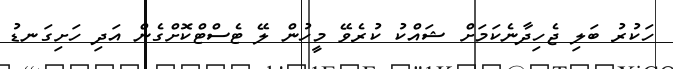
ހަކުރު ބަލި ޖެހިދާނެކަމަށް ޝައްކު ކުރެވޭ މީހުން ލޭ ޓެސްޓްކޮށްގެން އަދި ހަށިގަނޑު